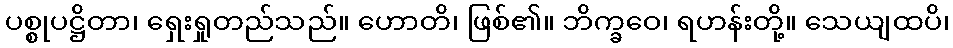
ပစ္စုပဋ္ဌိတာ၊ ရှေးရှုတည်သည်။ ဟောတိ၊ ဖြစ်၏။ ဘိက္ခဝေ၊ ရဟန်းတို့။ သေယျထပိ၊